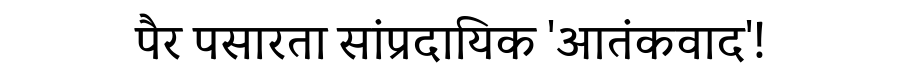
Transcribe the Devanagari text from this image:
पैर पसारता सांप्रदायिक 'आतंकवाद'!